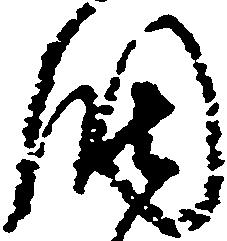
調